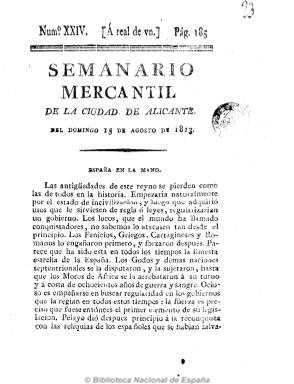
Título: Semanario mercantil de la ciudad de Alicante
Colección: Periódicos anteriores a 1850
Ámbito geográfico: Alicante
Lugar de publicación: Alicante
Fechas: 15/08/1813-15/08/1813

Se anunció su aparición para el siete de marzo de 1813. Es un periódico que combina la información económica con la política, de tendencia liberal avanzada y entusiasta de la soberanía nacional. Junto a artículos de fondo, dedica amplio espacio a los precios de los artículos de consumo, los cambios de moneda y el movimiento de buques en el puerto de la ciudad. Pero también dado su carácter noticioso incluye información de los sucesos bélicos tanto del reino como del extranjero. Sale cada domingo con ediciones numeradas y paginación correlativa en números de ocho páginas, de la Oficina de Nicolás Carratalá e Hijos. Quizá estuvo en manos de Manuel Soriano, que también era redactor del asimismo liberal diario El imparcial, que en ese mismo periodo se editaba en la ciudad. Probablemente desapareció en 1814, con la reinstauración del absolutismo.